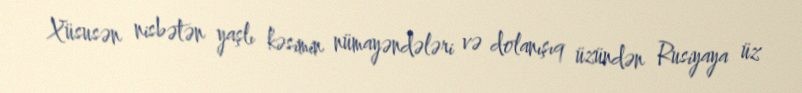
Xüsusən nisbətən yaşlı kəsimin nümayəndələri və dolanışıq üzündən Rusiyaya üz